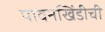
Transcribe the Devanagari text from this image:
पावनखिंडीची